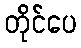
တိုင်ပေ